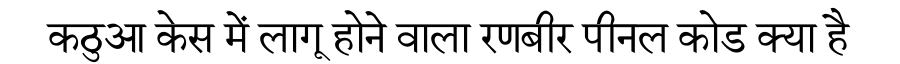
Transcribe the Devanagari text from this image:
कठुआ केस में लागू होने वाला रणबीर पीनल कोड क्या है